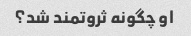
او چگونه ثروتمند شد؟